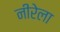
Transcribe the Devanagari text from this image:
नीरेला